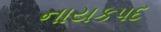
નાયકપદ